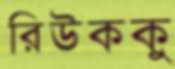
রিউককু